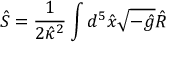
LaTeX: \hat { S } = \frac { 1 } { 2 \hat { \kappa } { } ^ { 2 } } \int d ^ { 5 } \hat { x } \sqrt { - \hat { g } } \hat { R }